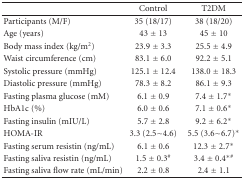
<table><thead><tr><td><b> </b></td><td><b>Control</b></td><td><b>T2DM</b></td></tr></thead><tbody><tr><td>Participants (M/F)</td><td>35 (18/17)</td><td>38 (18/20)</td></tr><tr><td>Age (years)</td><td>43 ± 13</td><td>45 ± 10</td></tr><tr><td>Body mass index (kg/m<sup>2</sup>)</td><td>23.9 ± 3.3</td><td>25.5 ± 4.9</td></tr><tr><td>Waist circumference (cm)</td><td>83.1 ± 6.0</td><td>92.2 ± 5.1</td></tr><tr><td>Systolic pressure (mmHg)</td><td>125.1 ± 12.4</td><td>138.0 ± 18.3</td></tr><tr><td>Diastolic pressure (mmHg)</td><td>78.3 ± 8.2</td><td>86.1 ± 9.3</td></tr><tr><td>Fasting plasma glucose (mM)</td><td>6.1 ± 0.9</td><td>7.4 ± 1.7*</td></tr><tr><td>HbA1c (%)</td><td>6.0 ± 0.6</td><td>7.1 ± 0.6*</td></tr><tr><td>Fasting insulin (mIU/L)</td><td>5.7 ± 2.8</td><td>9.2 ± 6.2*</td></tr><tr><td>HOMA-IR</td><td>3.3 (2.5~4.6)</td><td>5.5 (3.6~6.7)*</td></tr><tr><td>Fasting serum resistin (ng/mL)</td><td>6.1 ± 0.6</td><td>12.3 ± 2.7*</td></tr><tr><td>Fasting saliva resistin (ng/mL)</td><td>1.5 ± 0.3<sup>#</sup></td><td>3.4 ± 0.4<sup>∗#</sup></td></tr><tr><td>Fasting saliva flow rate (mL/min)</td><td>2.2 ± 0.8</td><td>2.4 ± 1.1</td></tr></tbody></table>